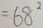
= 6 8 ^ { 2 }